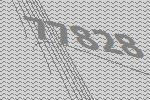
77828